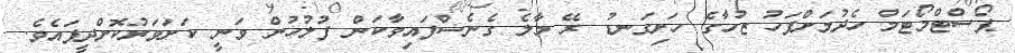
ޕޯސްޓްމޯޓަމް ހެދުމަށްފަހު ޒުހާގެ ހަށިގަނޑު ރޭ މާލެ ގެނެސްފައިވާކަން ފުލުހުން ވަނީ ކަށަވަރުކޮށްދީފައެވެ.